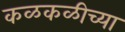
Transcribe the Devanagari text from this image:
कळकळीच्या